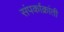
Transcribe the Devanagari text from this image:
संपर्काक्रांती